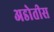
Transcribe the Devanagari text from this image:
अडोतीस